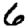
Digit: 6